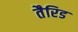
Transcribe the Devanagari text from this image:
तैरिड